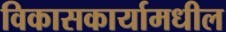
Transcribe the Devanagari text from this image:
विकासकार्यामधील